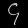
Digit: ၄